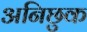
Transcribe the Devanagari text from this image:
अनिछुक